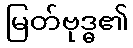
မြတ်ဗုဒ္ဓ၏